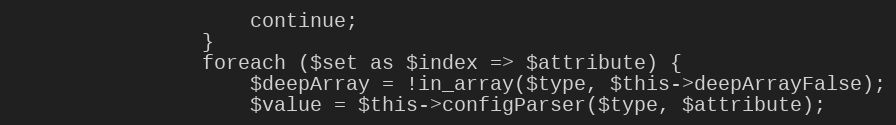
Language: PHP
                    continue;
                }
                foreach ($set as $index => $attribute) {
                    $deepArray = !in_array($type, $this->deepArrayFalse);
                    $value = $this->configParser($type, $attribute);